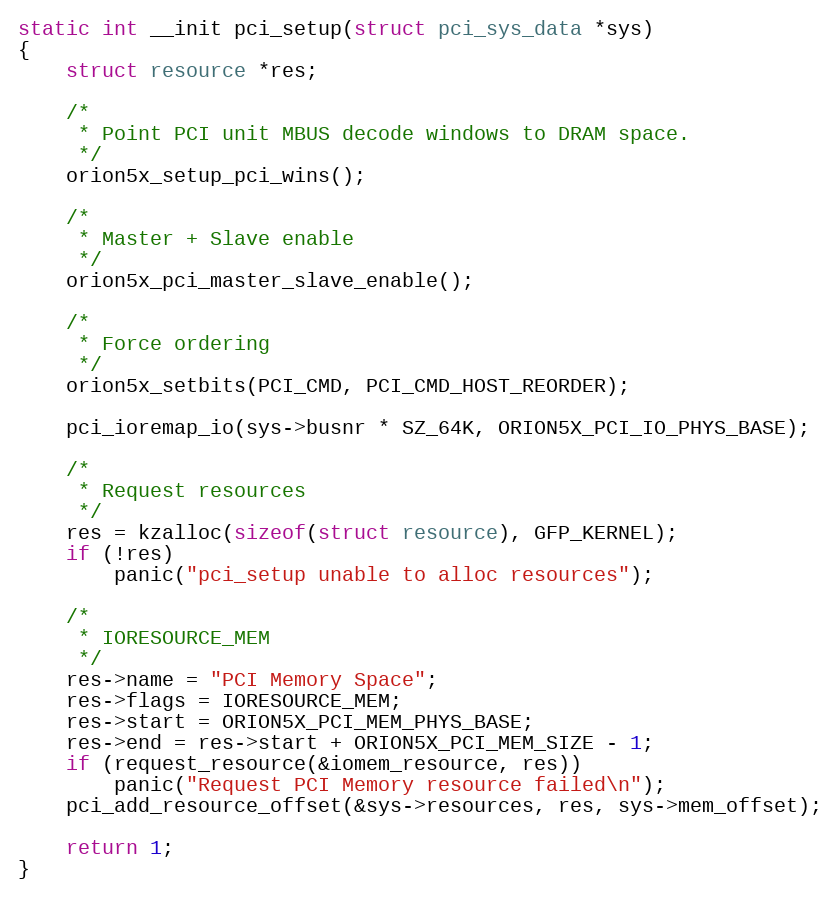
Language: C
static int __init pci_setup(struct pci_sys_data *sys)
{
	struct resource *res;

	/*
	 * Point PCI unit MBUS decode windows to DRAM space.
	 */
	orion5x_setup_pci_wins();

	/*
	 * Master + Slave enable
	 */
	orion5x_pci_master_slave_enable();

	/*
	 * Force ordering
	 */
	orion5x_setbits(PCI_CMD, PCI_CMD_HOST_REORDER);

	pci_ioremap_io(sys->busnr * SZ_64K, ORION5X_PCI_IO_PHYS_BASE);

	/*
	 * Request resources
	 */
	res = kzalloc(sizeof(struct resource), GFP_KERNEL);
	if (!res)
		panic("pci_setup unable to alloc resources");

	/*
	 * IORESOURCE_MEM
	 */
	res->name = "PCI Memory Space";
	res->flags = IORESOURCE_MEM;
	res->start = ORION5X_PCI_MEM_PHYS_BASE;
	res->end = res->start + ORION5X_PCI_MEM_SIZE - 1;
	if (request_resource(&iomem_resource, res))
		panic("Request PCI Memory resource failed\n");
	pci_add_resource_offset(&sys->resources, res, sys->mem_offset);

	return 1;
}